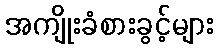
အကျိုးခံစားခွင့်များ